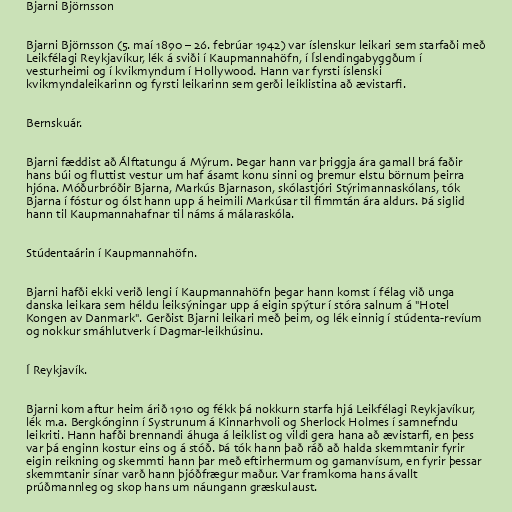
Bjarni Björnsson

Bjarni Björnsson (5. maí 1890 – 26. febrúar 1942) var íslenskur leikari sem starfaði með
Leikfélagi Reykjavíkur, lék á sviði í Kaupmannahöfn, í Íslendingabyggðum í
vesturheimi og í kvikmyndum í Hollywood. Hann var fyrsti íslenski
kvikmyndaleikarinn og fyrsti leikarinn sem gerði leiklistina að ævistarfi.

Bernskuár.

Bjarni fæddist að Álftatungu á Mýrum. Þegar hann var þriggja ára gamall brá faðir
hans búi og fluttist vestur um haf ásamt konu sinni og þremur elstu börnum þeirra
hjóna. Móðurbróðir Bjarna, Markús Bjarnason, skólastjóri Stýrimannaskólans, tók
Bjarna í fóstur og ólst hann upp á heimili Markúsar til fimmtán ára aldurs. Þá siglid
hann til Kaupmannahafnar til náms á málaraskóla.

Stúdentaárin í Kaupmannahöfn.

Bjarni hafði ekki verið lengi í Kaupmannahöfn þegar hann komst í félag við unga
danska leikara sem héldu leiksýningar upp á eigin spýtur í stóra salnum á "Hotel
Kongen av Danmark". Gerðist Bjarni leikari með þeim, og lék einnig í stúdenta-revíum
og nokkur smáhlutverk í Dagmar-leikhúsinu.

Í Reykjavík.

Bjarni kom aftur heim árið 1910 og fékk þá nokkurn starfa hjá Leikfélagi Reykjavíkur,
lék m.a. Bergkónginn í Systrunum á Kinnarhvoli og Sherlock Holmes í samnefndu
leikriti. Hann hafði brennandi áhuga á leiklist og vildi gera hana að ævistarfi, en þess
var þá enginn kostur eins og á stóð. Þá tók hann það ráð að halda skemmtanir fyrir
eigin reikning og skemmti hann þar með eftirhermum og gamanvísum, en fyrir þessar
skemmtanir sínar varð hann þjóðfrægur maður. Var framkoma hans ávallt
prúðmannleg og skop hans um náungann græskulaust.